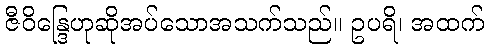
ဇီဝိန္ဒြေဟုဆိုအပ်သောအသက်သည်။ ဥပရိ၊ အထက်